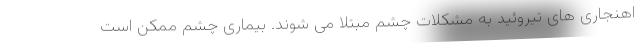
اهنجاری های تیروئید به مشکلات چشم مبتلا می شوند. بیماری چشم ممکن است